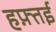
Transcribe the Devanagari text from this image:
हफ़्तई